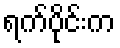
ရက်ပိုင်းက